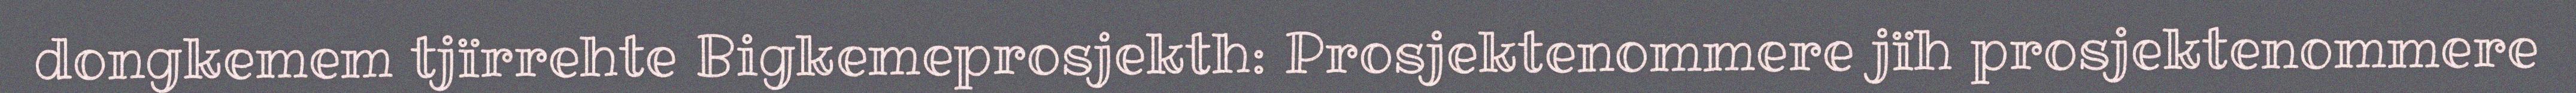
dongkemem tjïrrehte Bigkemeprosjekth: Prosjektenommere jïh prosjektenommere